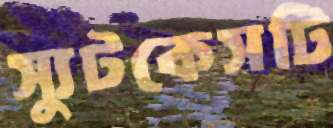
স্যুটকেসটি